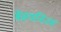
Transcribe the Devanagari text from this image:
मेसयनिज्म